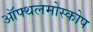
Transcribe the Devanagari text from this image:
ऑफ्थलमोस्कोप